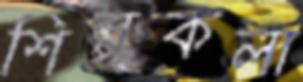
শিল্পকলা